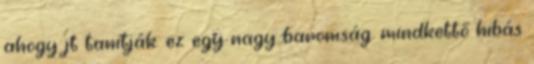
ahogy jt tanítják. ez egy nagy baromság. mindkettő hibás